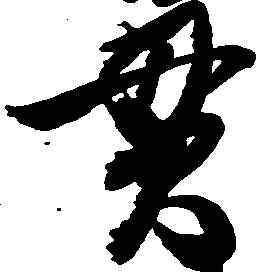
貫